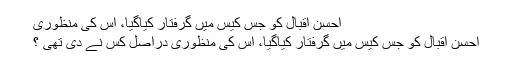
احسن اقبال کو جس کیس میں گرفتار کیاگیا، اس کی منظوری
احسن اقبال کو جس کیس میں گرفتار کیاگیا، اس کی منظوری دراصل کس نے دی تھی ؟